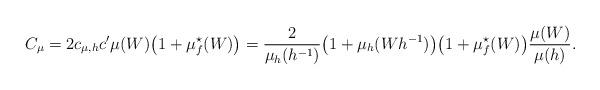
LaTeX: \begin{align*} C_{\mu} = 2 c_{\mu,h} c' \mu(W)\big(1 + \mu_f^\star(W) \big) = \frac{2}{\mu_h(h^{-1})} \big( 1 + \mu_h(Wh^{-1})\big) \big( 1 + \mu_f^\star(W)\big) \frac{\mu(W)}{\mu(h)}. \end{align*}